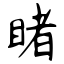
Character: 睹